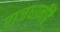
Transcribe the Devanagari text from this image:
राजधानीहै